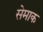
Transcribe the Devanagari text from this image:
सेमाक